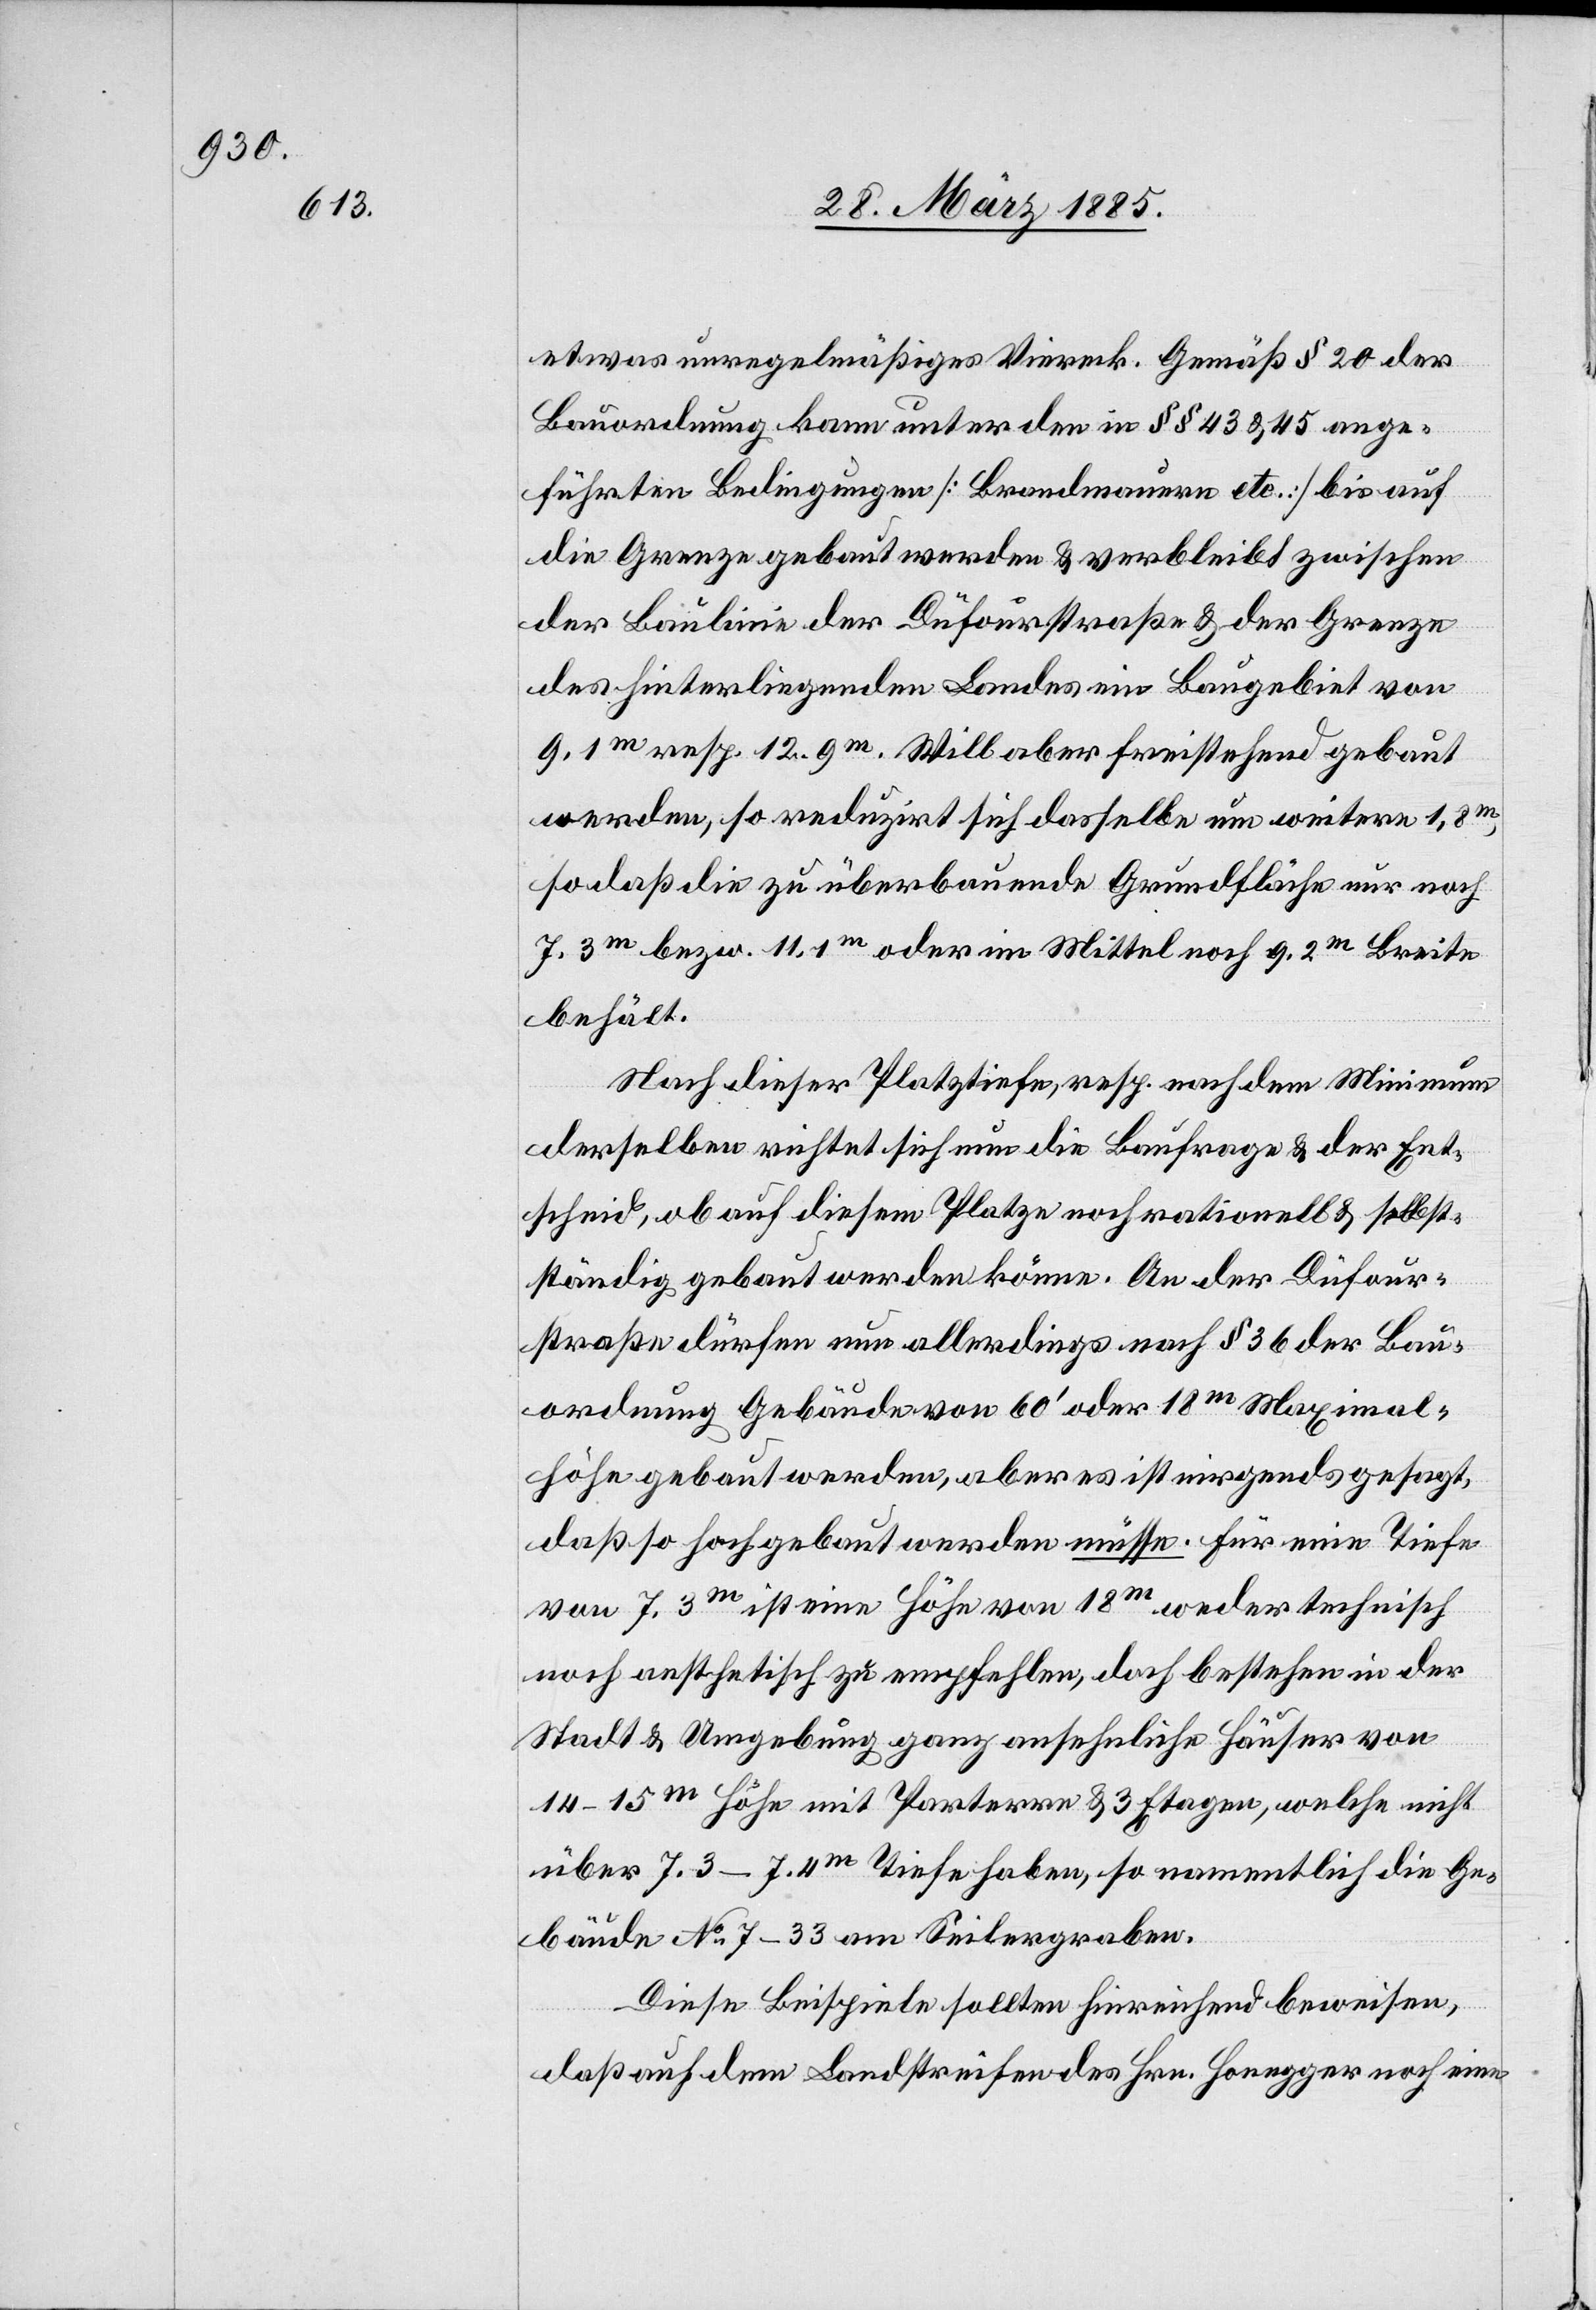
etwas unregelmäßiges Viereck. Gemäß § 20 der
Bauordnung kann unter den in §§ 43 & 45 ange¬
führten Bedingungen [Brandmauern etc.] bis auf
die Grenze gebaut werden & verbleibt zwischen
der Baulinie der Düfourstraße und der Grenze
des hinterliegenden Landes ein Baugebiet von
9.1m resp. 12.9m. Will aber freistehend gebaut
werden, so reduzirt sich dasselbe um weitere 1,8m,
so daß die zu überbauende Grundfläche nur noch
7.3m bezw. 11.1m oder im Mittel noch 9.2m Breite
behält.
Nach dieser Platztiefe, resp. nach dem Minimum
derselben richtet sich nun die Baufrage & der Ent¬
scheid, ob auf diesem Platze noch rationell & selbst¬
ständig gebaut werden könne. An der Düfour¬
straße dürfen nun allerdings nach § 36 der Bau¬
ordnung Gebäude von 60‘ oder 18m Maximal¬
höhe gebaut werden, aber es ist nirgends gesagt,
daß so hoch gebaut werden müsse. Für eine Tiefe
von 7.3m ist eine Höhe von 18m weder technisch
noch aesthetisch zu empfehlen, doch bestehen in der
Stadt & Umgebung ganz ansehnliche Häuser von
14–15m Höhe mit Parterre & 3 Etagen, welche nicht
über 7.3–7.4m Tiefe haben, so namentlich die Ge¬
bäude No 7–33 am Seilergraben.
Diese Beispiele sollten hinreichend beweisen,
daß auf dem Landstreifen des Hrn. Honegger noch eine